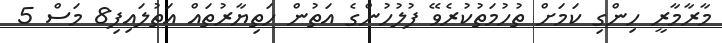
މާރާމާރީ ހިންގި ކަމަށް ތުހުމަތުކުރެވޭ ފުލުހުންގެ އަތުން ހަތިޔާރުތައް އަތުލައިފި8 މަސް 5